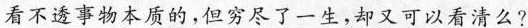
看不透事物本质的，但穷尽了一生，却又可以看清么？